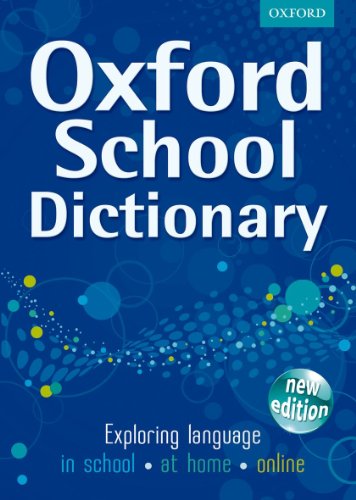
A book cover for Oxford School Dictionary 2011; Oxford Dictionaries; Teen & Young Adult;